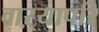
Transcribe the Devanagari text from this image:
वाऱ्यापरि